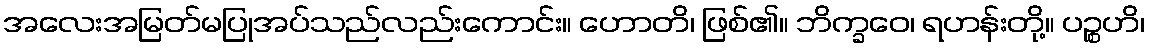
အလေးအမြတ်မပြုအပ်သည်လည်းကောင်း။ ဟောတိ၊ ဖြစ်၏။ ဘိက္ခဝေ၊ ရဟန်းတို့။ ပဉ္စဟိ၊